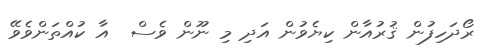
ރޯދަހިފުން ޤުރުއާން ކިޔެވުން އަދި މި ނޫން ވެސް  އާ ކުއްތަންވެވޭ